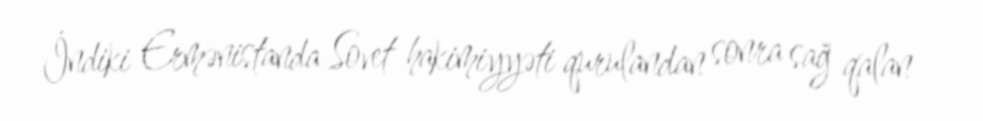
İndiki Ermənistanda Sovet hakimiyyəti qurulandan sonra sağ qalan